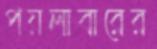
পয়লাবারের